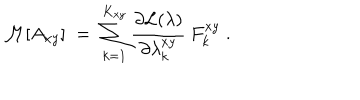
{ \cal { M } } [ A _ { x y } ] \; = \; \sum _ { k = 1 } ^ { K _ { x y } } \frac { \partial { \cal { L } } ( \lambda ) } { \partial \lambda _ { k } ^ { x y } } \: F _ { k } ^ { x y } \; .